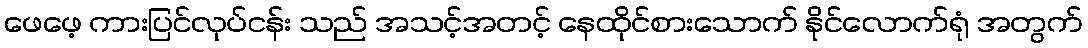
ဖေဖေ့ ကားပြင်လုပ်ငန်း သည် အသင့်အတင့် နေထိုင်စားသောက် နိုင်လောက်ရုံ အတွက်